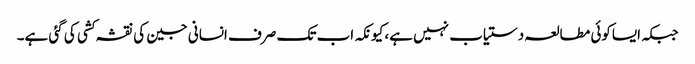
جبکہ ایساکوئی مطالعہ دستیاب نہیں ہے، کیونکہ اب تک صرف انسانی جین کی نقشہ کشی کی گئی ہے۔